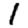
Digit: 1